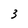
Character: 3